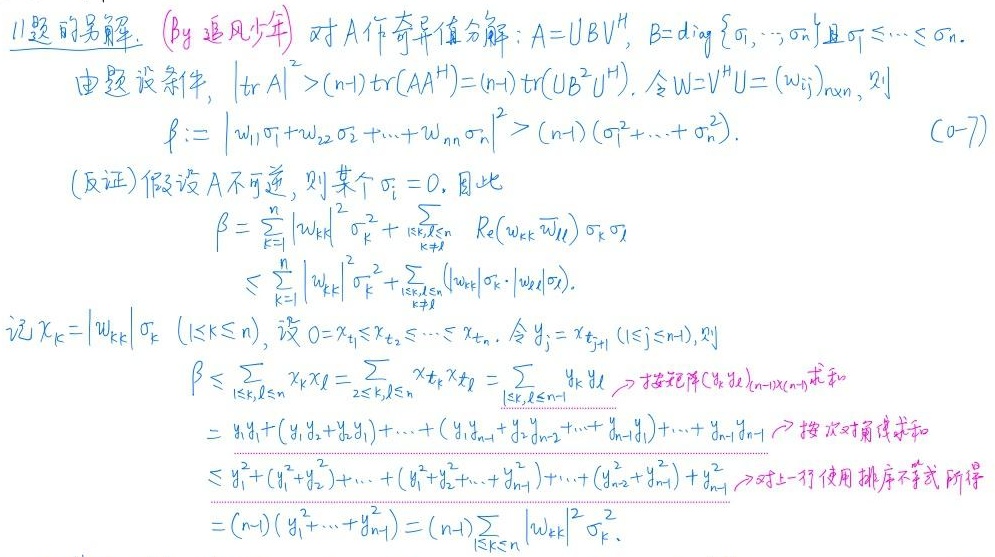
11 题的另解. (by 追风少年) 对 \(A\) 作奇异值分解：\(A = U\Sigma V^H\)，\(\Sigma=\mathrm{diag}\{\sigma_1,\cdots,\sigma_n\}\) 且 \(\sigma_1\leqslant\cdots\leqslant\sigma_n\).
由题设条件，\(|\mathrm{tr}A|^2>(n - 1)\mathrm{tr}(AA^H)=(n - 1)\mathrm{tr}(U\Sigma^2U^H)\). 令 \(W = V^HU=(w_{ij})_{n\times n}\)，则
\(\beta:=|w_{11}\sigma_1 + w_{22}\sigma_2+\cdots+w_{nn}\sigma_n|^2>(n - 1)(\sigma_1^2+\cdots+\sigma_n^2).\) \((0 - 7)\)
(反证) 假设 \(A\) 不可逆，则某个 \(\sigma_i = 0\). 因此
\[
\begin{align*}
\beta&=\sum_{k = 1}^n|w_{kk}|^2\sigma_k^2+2\sum_{1\leqslant k<l\leqslant n}\mathrm{Re}(w_{kk}\overline{w_{ll}})\sigma_k\sigma_l\\
&\leqslant\sum_{k = 1}^n|w_{kk}|^2\sigma_k^2+\sum_{1\leqslant k<l\leqslant n}(|w_{kk}|\sigma_k\cdot|w_{ll}|\sigma_l).
\end{align*}
\]
记 \(x_k = |w_{kk}|\sigma_k\ (1\leqslant k\leqslant n)\)，设 \(0=x_{i_1}\leqslant x_{i_2}\leqslant\cdots\leqslant x_{i_n}\). 令 \(y_j=x_{i_{j + 1}}\ (1\leqslant j\leqslant n-1)\)，则
\[
\begin{align*}
\beta&\leqslant\sum_{1\leqslant k,l\leqslant n}x_kx_l=\sum_{2\leqslant k,l\leqslant n}x_{i_k}x_{i_l}=\sum_{1\leqslant k,l\leqslant n - 1}y_ky_l\rightarrow\text{按记法}(y_k)_{(n - 1)\times(n - 1)}\text{求和}\\
&=y_1y_1+(y_1y_2 + y_2y_1)+\cdots+(y_1y_{n - 1}+y_{n - 1}y_1)+\cdots+y_{n - 1}y_{n - 1}\rightarrow\text{按次对角求和}\\
&\leqslant y_1^2+(y_1^2 + y_2^2)+\cdots+(y_1^2 + y_2^2+\cdots+y_{n - 1}^2)+\cdots+(y_{n - 2}^2 + y_{n - 1}^2)+y_{n - 1}^2\rightarrow\text{对上一行使用排序不等式所得}\\
&=(n - 1)(y_1^2+\cdots+y_{n - 1}^2)=(n - 1)\sum_{1\leqslant k\leqslant n}|w_{kk}|^2\sigma_k^2.
\end{align*}
\]